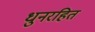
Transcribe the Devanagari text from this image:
धुनरहित